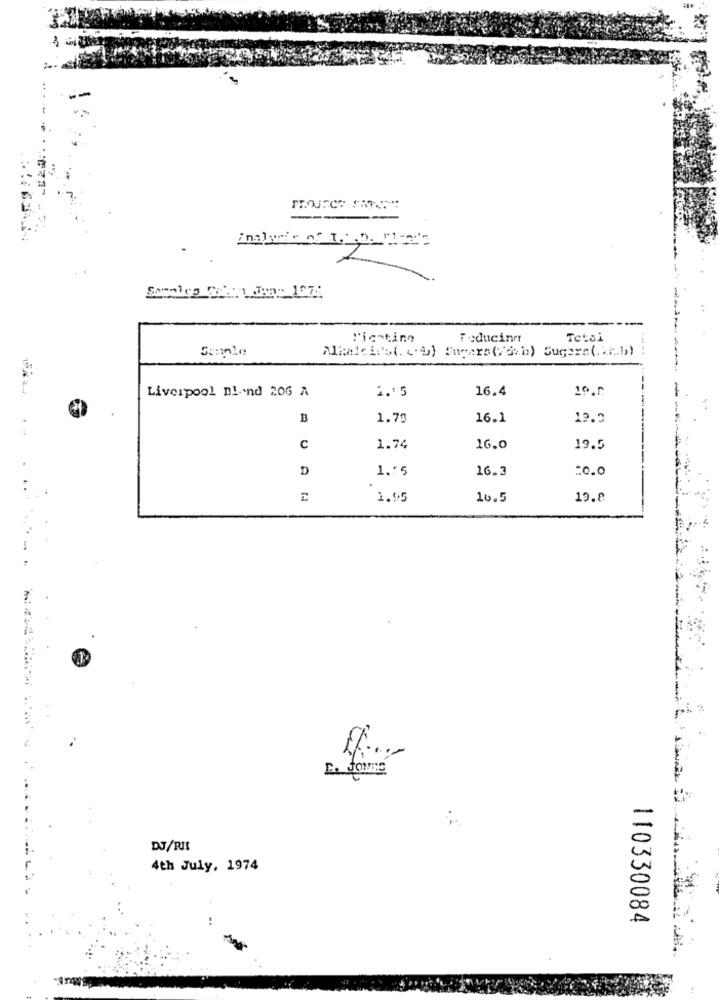
"'ientino
Toduciner
Tetai
Maalciest. c.b) Sugars(/avb) Sugere(.2f.b)
Liverpool DI .- nd 206 A
1. 5
16.4
1º.0
B
1.79
16.1
19.3
C
1.74
16.0
19.5
D
1 .: 5
16.3
=0.0
1.45
10.5
19.8
L. JONES
DJ/RIS
4th July, 1974
110330084